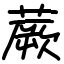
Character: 蕨